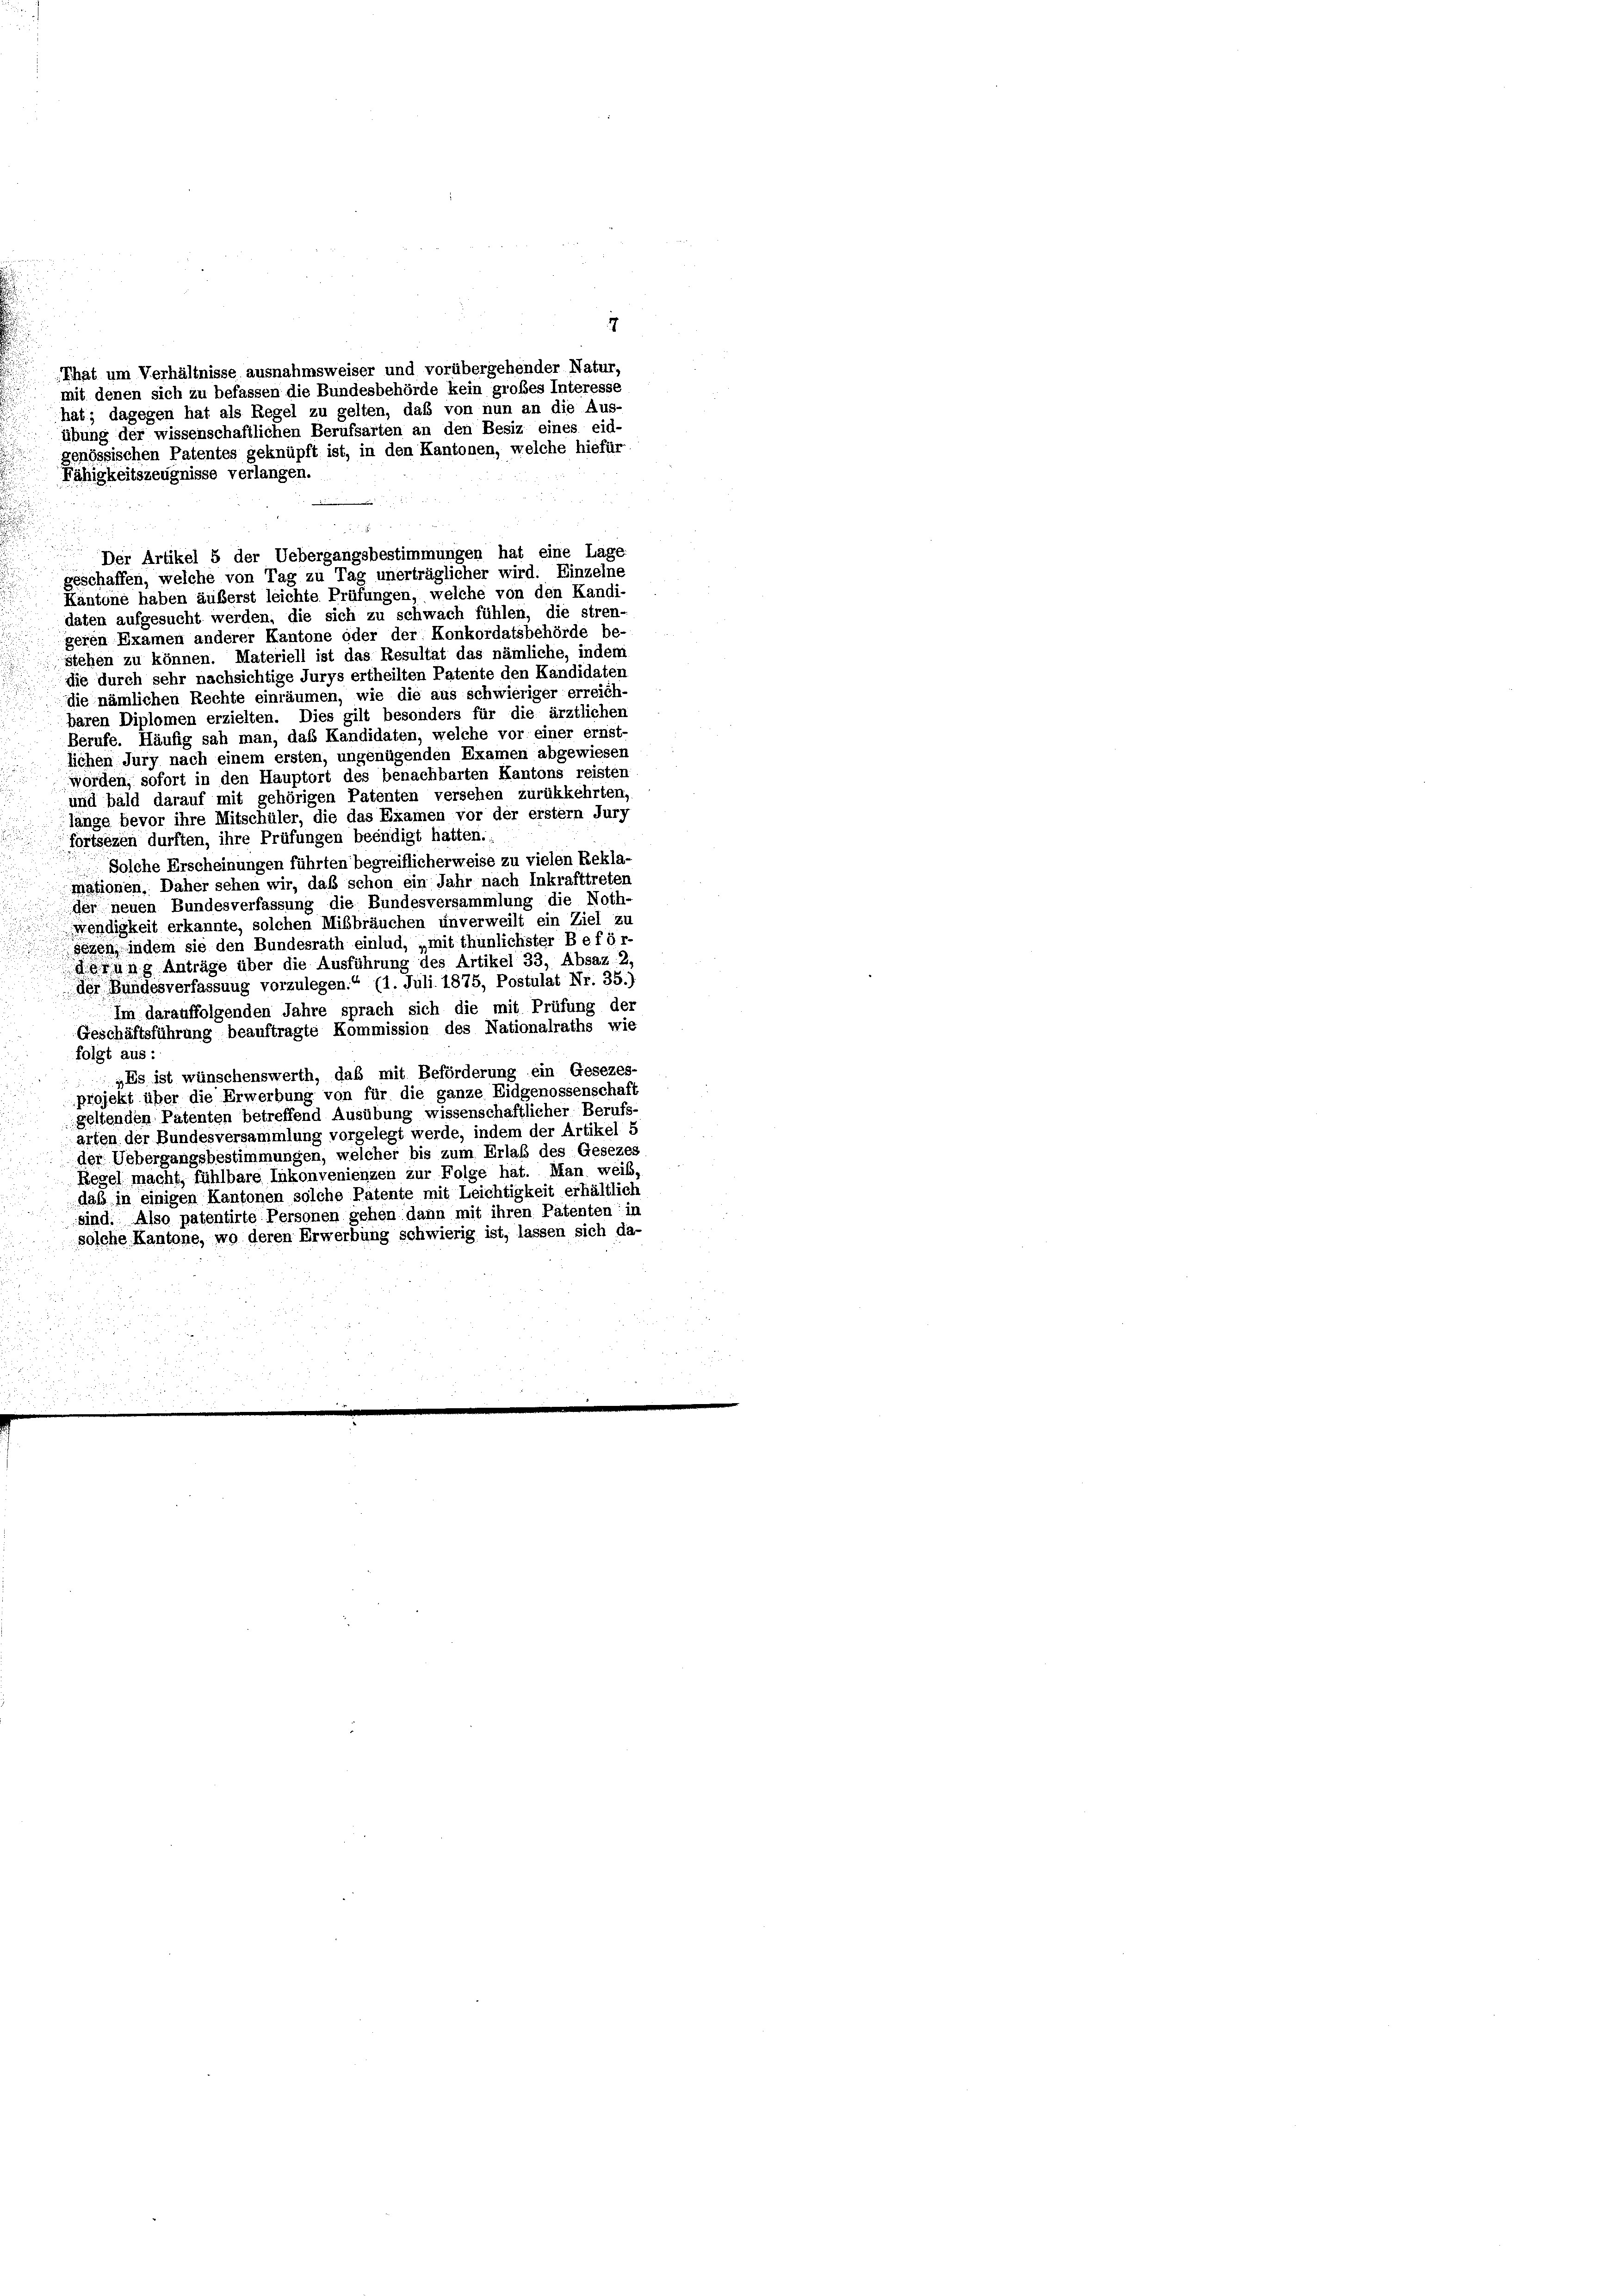
Kantone haben äuberst leichte Prüfungen, welche von den Kandi-
daten aufgesucht werden, die sich zu schwach fühlen, die stren-
geren Examen anderer Kantone oder der Konkordatsbehörde be-
stehen zu können. Materiell ist das Resultat das nämliche, indemi
die durch sehr nachsichtige Jurys ertheilten Patente den Kandidaten
die nämlichen Rechte einräumen, wie die aus schwieriger erreich-
baren Diplomen erzielten. Dies gilt besonders für die ärztlichen
Berufe. Häufig sah man, das Kandidaten, welche vor einer ernst-
lichen Jury nach einem ersten, ungenügenden Examen abgewiesen
worden, sofort in den Hauptort des benachbarten Kantons reisten
und bald darauf mit gehörigen Patenten versehen zurükkehrten,
länge bevor ihre Mitschüler, die das Examen vor der erstem Jurz
fortsezen durften, ihre Prüfungen beendigt hatten.:
Solche Erscheinungen führten begreiflicherweise zu vielen Rekla-
mationen. Daher sehen wir, daß schon ein Jahr nach Inkrafttreten
der neuen Bundesverfassung die Bundesversammlung die Noth-
wendigkeit erkannte, solchen Mißbräuchen unverweilt ein Ziel zu
sözen, indem sie den Bundesrath einlud, „mit thunlichster Beför-
derung Anträge über die Ausführung des Artikel 33, Absaz 2.
der Bundesverfassung vorzulegen.“ (1. Juli 1875, Postulat Nr. 35.)
Im darauffolgenden Jahre sprach sich die mit Prüfung der
Geschäftsführung beauftragte Kommission des Nationalraths wie
folgt aus:
„Es ist wünschenswerth, das mit Beförderung ein Gesezes-
projekt über die Erwerbung von für die ganze Eidgenossenschaft
geltenden Patenten betreffend Ausübung wissenschaftlicher Berufs-
arten der Bundesversammlung vorgelegt werde, indem der Artikel 5
der Uebergangsbestimmungen, welcher bis zum Erlaß des Gesezes
Regel macht, fühlbare Inkonvenienzen zur Folge hat. Man weiß,
daß in einigen Kantonen solche Patente mit Leichtigkeit erhältlich
sind. Also patentirte Personen gehen dann mit ihren Patenten in
solche Kantone, wo deren Erwerbung schwierig ist, lassen sich da-

Fähigkeitszeugnisse verlangen.

That um Verhältnisse ausnahmsweiser und vorübergehender Natur.
mit denen sich zu befassen die Bundesbehörde kein großes Interesse
hat; dagegen hat als Regel zu gelten, daß von nun an die Aus-
übung der wissenschaftlichen Berufsarten an den Besiz eines eid-
genössischen Patentes geknüpft ist, in den Kantonen, welche hiefür

Der Artikel 5 der Uebergangsbestimmungen hat eine Lage
geschaffen, welche von Tag zu Tag unerträglicher wird. Einzelne

7